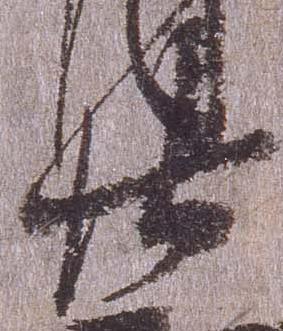
廿